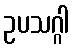
ဥပသဂ္ဂါ